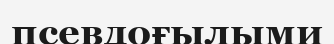
псевдоғылыми